Annual administration report of the Civil Veterinary Department of India - 1898-1899
Year: 1898
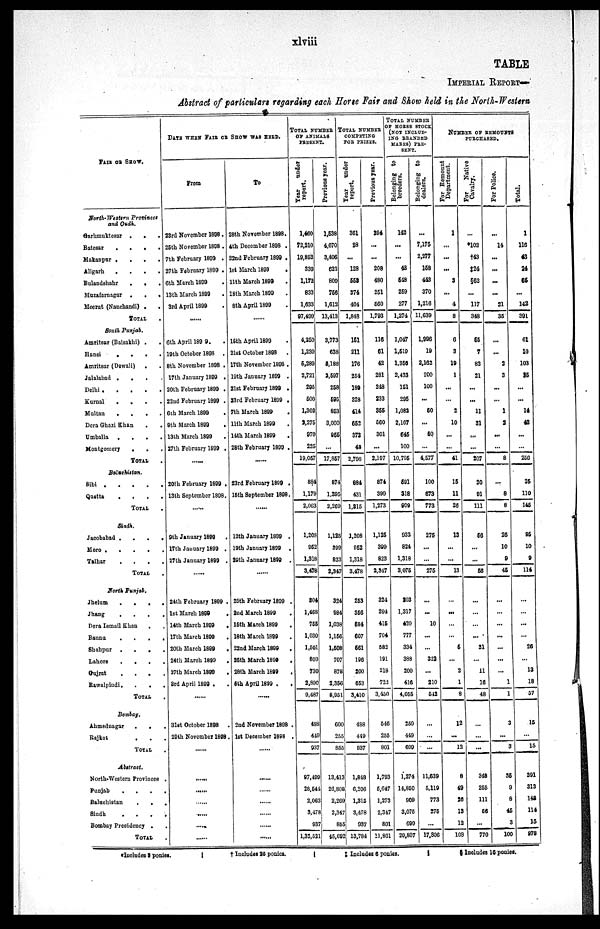
xlviii
TABLE
IMPERIAL REPORT—
Abstract of particulars regarding each Horse Fair and Show held in the North-Western
FAIR OR SHOW.
North-Western Provinces
and Oudh.
Garhmuktesar . .
.
Batesar
.
.
.
.
Makanpur
.
. . .
Aligarh
. . . . .
Bulandshahr
.
.
.
Muzafarnagar
.
.
.
Meerut (Nauchandi)
.
.
TOTAL .
South Punjab.
Amritsar (Baisakhi) . .
Hansi
.
.
.
.
Amritsar (Dewali) . .
Jalalabad .
.
.
.
Delhi
.
.
.
.
.
Kurnal
.
.
.
.
Multan
.
.
.
.
Dera Ghazi Khan . .
Umballa
.
.
.
.
Montgomery
.
.
.
.
TOTAL .
Baluchistan.
Sibi . . . . .
quetta
.
.
.
.
TOTAL .
Sindh.
Jacobabad .
.
. . . .
Mere
Talhar
.
.
.
.
TOTAL .
North Punjab.
Jhelum
.
.
.
.
Jhang
.
.
.
.
Dera Ismail Khan
.
Bannu
.
.
.
.
Shahpur
.
.
.
.
Lahore
.
.
.
.
Gujrat
.
.
.
.
Rawalpindi .
.
.
TOTAL .
Bombay.
Ahmednagar
.
.
.
Rajkot . . .
TOTAL .
Abstract.
North-Western Provinces .
Punjab
.
.
.
.
Baluchistan
.
.
.
Sindh
.
.
.
.
Bombay Presidency . .
TOTAL .
DATE WHEN FAIR OR SHOW WAS HELD.
From
23rd November 1898.
25th November 1898 .
7th February 1899 .
27th February 1899 .
6th March 1899
13th March 1899
3rd April 1899
.....
6th April 1899 .
19th October 1898
.
8th November 1898 .
17th January 1899 .
20th February 1899 .
22nd February 1899 .
6th March 1899
.
9th March 1899
.
13th March 1899 .
27th February 1899 .
.....
20th February 1899 .
13th September 1898.
.....
9th January 1899
17th January 1899 .
27th January 1899 .
.....
24th February 1899 .
1st March 1899 .
14th March 1899 .
17th March 1899 .
20th March 1899 .
24th March 1899 .
27th March 1899 .
3rd April 1899 . .
.....
31st October 1898
.
20th November 1898.
.....
.....
.....
.....
.....
.....
.....
To
28th November 1898.
4th December 1898 .
22nd February 1899 .
1st March 1899
.
11th March 1899 .
18th March 1899 .
8th April 1899 .
.....
15th April 1899 .
21st October 1898
.
17th November 1898 .
19th January 1899 .
21st February 1899 .
23rd February 1899 .
7th March 1899 .
11th March 1899 .
14th March 1899 .
28th February 1899 .
.....
23rd February 1899 .
15th September 1898.
12th January 1899 .
19th January 1899
.
29th January 1899 .
.....
25th February 1899 .
2nd March 1899 .
15th March 1899 .
18th March 1899 .
22nd March 1899 .
25th March 1899 .
28th March 1899 .
5th April 1899 . .
.....
2nd November 1898 .
1st December 1898 .
.....
.....
.....
.....
.....
.....
.....
TOTAL NUMBER
OF ANIMALS
PRESENT.
Year
under
report.
1,460
72,210
19,852
339
1,172
833
1,633
97,499
4,250
1,230
5,289
2,721
295
500
1,302
2,275
970
225
19,057
884
1,179
2,063
1,208
952
1,318
3,478
304
1,468
755
1,030
1,501
809
730
2,890
9,487
488
449
937
97,499
28,544
2,063
3,478
937
1,32,521
Previous year.
1,538
4,670
3,406
622
809
756
1,612
13,413
3,773
638
5,188
2,597
258
595
853
3,000
955
...
17,857
874
1,395
2,269
1,125
399
823
2,347
324
984
1,038
1,156
1,508
707
878
2,356
8,951
600
255
855
13,413
26,808
2,269
2,347
855
45,692
TOTAL NUMBER
COMPETING
FOR PRIZES.
Year
under
report.
361
28
...
128
553
374
404
1,848
151
211
176
254
180
328
414
652
373
48
2,796
884
431
1,315
1,208
952
1,318
3,478
253
356
584
607
561
196
200
653
3,410
488
449
937
1,848
6,206
1,315
3,478
937
13,784
Previous year.
294
...
...
208
480
251
560
1,793
116
61
42
281
248
233
355
560
301
...
2,197
874
399
1,273
1,125
399
823
2,347
324
294
415
704
582
191
218
722
3,450
546
255
801
1,793
5,647
1,273
2,347
801
11,861
TOTAL NUMBER
OF HORSE STOCK
(NOT INCLUD¬
ING BRANDED
MARES) PRE-
SENT.
Belonging to
breeders.
142
...
...
48
548
259
277
1,274
1,047
1,519
1,356
2,433
151
295
1,082
2,167
645
100
10,796
591
318
909
933
824
1,318
3,075
203
1,317
420
777
334
388
200
416
4,055
250
449
699
1,274
14,850
909
3,075
699
20,807
Belonging to
dealers.
...
7,175
2,277
158
443
370
1,216
11,639
1,996
19
2,162
200
100
...
50
...
50
...
4,577
100
673
773
275
...
...
275
...
...
10
...
...
322
...
210
542
...
...
...
11,639
5,119
773
275
...
17,806
NUMBER OF REMOUNTS
PURCHASED.
For Remount
Department.
1
...
...
...
3
...
4
8
6
3
19
1
...
...
2
10
...
...
41
15
11
26
13
...
...
13
...
...
...
...
5
...
2
1
8
12
...
12
8
49
20
13
12
108
For
Native
Cavalry.
...
*102
†43
‡24
§62
...
117
348
55
7
82
21
...
...
11
31
...
...
207
20
91
111
56
...
56
...
...
...
...
21
...
11
16
48
...
...
...
348
255
111
56
...
770
For Police.
...
14
...
...
...
...
21
35
...
...
2
3
...
...
1
2
...
...
8
...
8
8
26
10
9
45
...
...
...
...
...
...
...
1
1
3
...
3
35
9
8
45
3
100
Total.
1
116
43
24
65
...
142
391
61
10
103
25
...
...
14
48
...
...
256
35
110
145
95
10
9
114
...
...
...
...
26
...
13
18
57
15
...
15
391
313
148
114
15
978
*Iucludes 8 ponies.
|
†
Includes
26 ponies.
|
‡
Includes 6 ponies.
|
§
Includes 16 ponies.